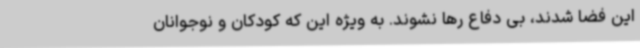
این فضا شدند، بی دفاع رها نشوند. به ویژه این که کودکان و نوجوانان